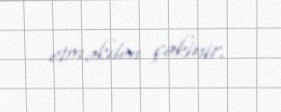
etməkdən çəkinir.